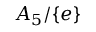
A _ { 5 } / \lbrace e \rbrace